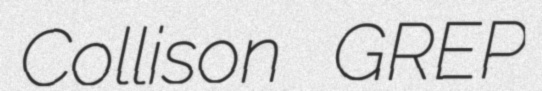
Collison GREP